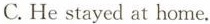
C. He stayed at home,